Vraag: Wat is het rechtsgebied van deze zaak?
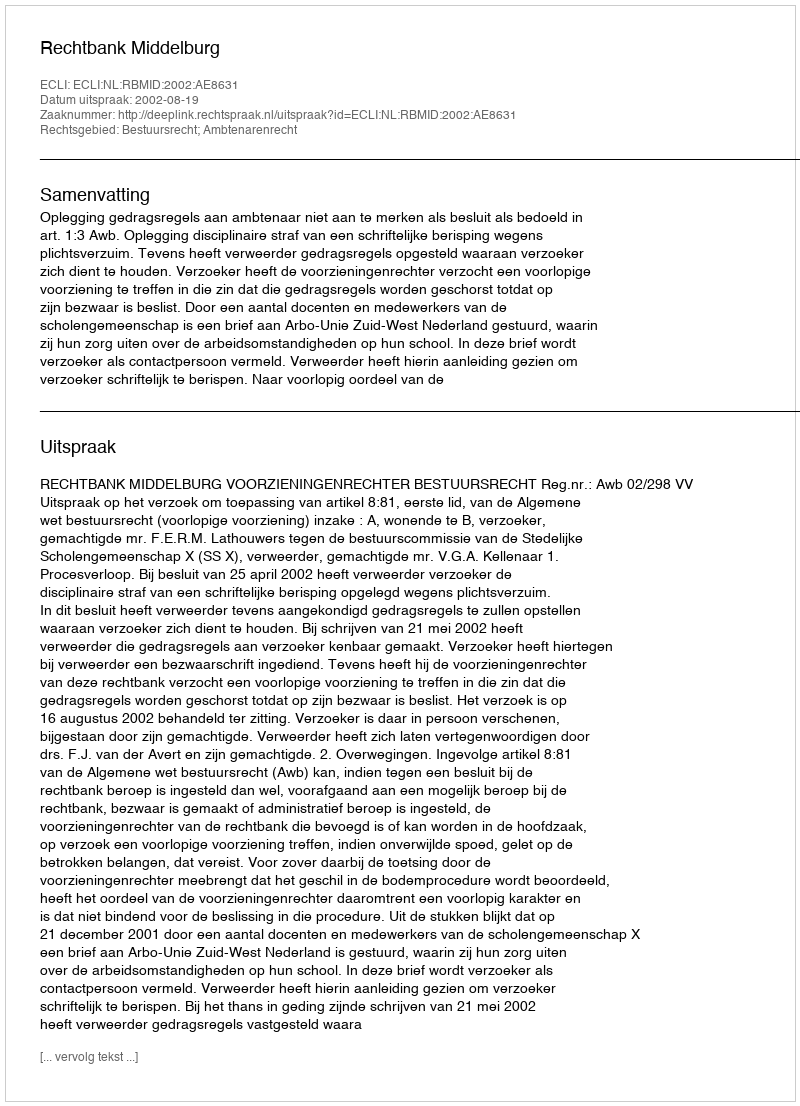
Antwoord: Bestuursrecht; Ambtenarenrecht